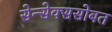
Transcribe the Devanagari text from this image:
सेन्सेक्ससोबत